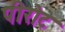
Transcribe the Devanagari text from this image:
पीरोट